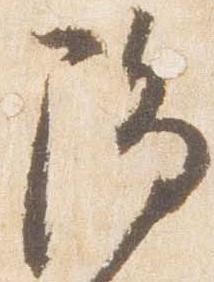
陽